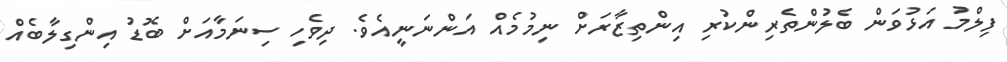
ފިލްމު އަޅުވަން ބެލުންތެރިންކުރި އިންތިޒާރަށް ނިމުމެއް އަންނަނީއެވެ. ދިވެހި ސިނަމާއަށް ބޮޑު އިންގިލާބެއް